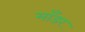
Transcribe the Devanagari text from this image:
माँडर